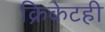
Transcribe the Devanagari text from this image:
क्रिकेटही